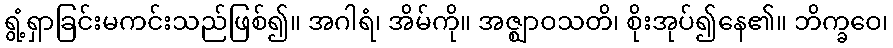
ရွံ့ရှာခြင်းမကင်းသည်ဖြစ်၍။ အဂါရံ၊ အိမ်ကို။ အဇ္ဈာဝသတိ၊ စိုးအုပ်၍နေ၏။ ဘိက္ခဝေ၊